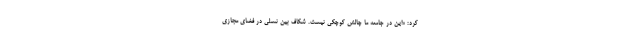
کرد: «این در جامعه ما چالش کوچکی نیست. شکاف بین نسلی در فضای مجازی